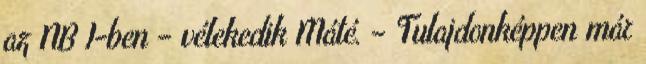
az NB I-ben – vélekedik Máté. – Tulajdonképpen már